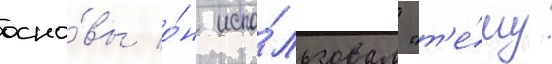
осно́вы о́н испо́льзовал "т'е́му